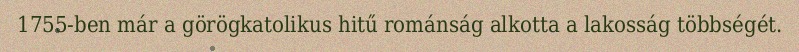
1755-ben már a görögkatolikus hitű románság alkotta a lakosság többségét.